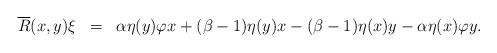
LaTeX: \begin{align*}\begin{array}{lll} \overline{R}(x,y)\xi&=& \alpha\eta(y)\varphi x+(\beta-1)\eta(y)x-(\beta-1)\eta(x)y-\alpha \eta(x)\varphi y. \\\end{array}\end{align*}